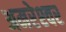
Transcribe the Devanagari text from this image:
अमरेश्‍वर